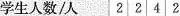
学生人数/人2242